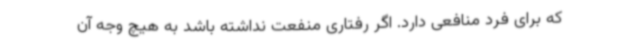
که برای فرد منافعی دارد. اگر رفتاری منفعت نداشته باشد به هیچ وجه آن